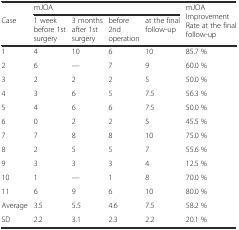
|  | <COLSPAN=4> mJOA | <ROWSPAN=2> mJOA Improvement Rate at the final follow-up |
 | Case | 1 week before 1st surgery | 3 months after 1st surgery | before 2nd operation | at the final follow-up |
 | --- | --- | --- | --- | --- | --- |
 | 1 | 4 | 10 | 6 | 10 | 85.7 % |
 | 2 | 6 | — | 7 | 9 | 60.0 % |
 | 3 | 2 | 2 | 2 | 5 | 50.0 % |
 | 4 | 3 | 6 | 5 | 7.5 | 56.3 % |
 | 5 | 4 | 6 | 6 | 7.5 | 50.0 % |
 | 6 | 0 | 2 | 2 | 5 | 45.5 % |
 | 7 | 7 | 8 | 8 | 10 | 75.0 % |
 | 8 | 2 | 5 | 5 | 7 | 55.6 % |
 | 9 | 3 | 3 | 3 | 4 | 12.5 % |
 | 10 | 1 | — | 1 | 8 | 70.0 % |
 | 11 | 6 | 9 | 6 | 10 | 80.0 % |
 | Average | 3.5 | 5.5 | 4.6 | 7.5 | 58.2 % |
 | SD | 2.2 | 3.1 | 2.3 | 2.2 | 20.1 % |